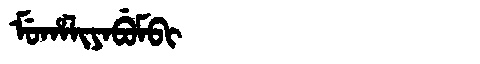
Manchu: ᠮᡠᡥᠠᠯᡳᠶᠠᠪᡠᠮᠪᡳ
Romanization: MUHALIYABUMBI